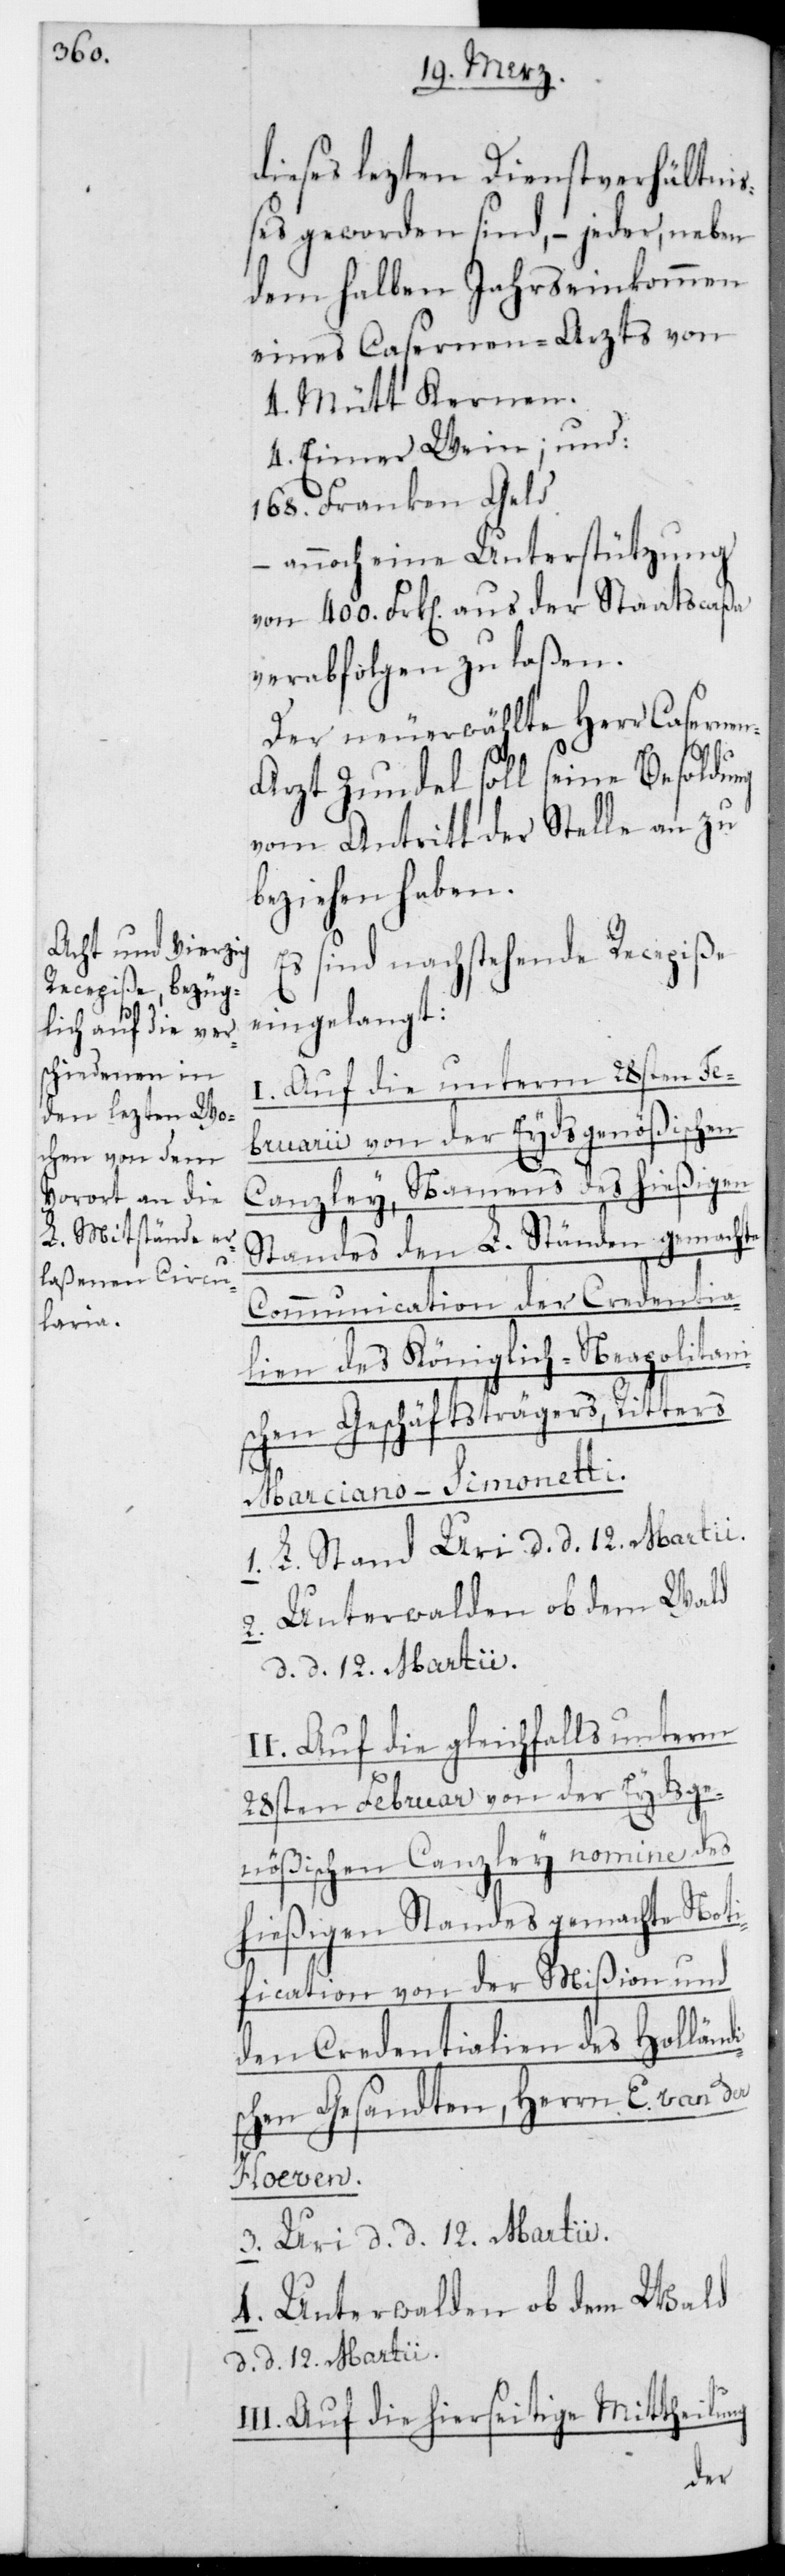
dieses lezten Dienstverhältni¬
ßes geworden sind, – jeder neben
dem halben Jahrseinkommen
eines Casernen-Arzts von
4. Mütt Kernen.
4. Eimer Wein; und
168. Franken Geld
– annoch eine Unterstützung
von 400. Frk[en] aus der Staatscaßa
verabfolgen zu laßen.
Der neu erwählte Herr Caserne¬
I¬
n-Arzt Zundel soll seine Besoldung
vom Antritt der Stelle an zu
beziehen haben.
Es sind nachstehende Recepiße
eingelangt:
I. Auf die unterm 28sten Fe¬
bruarii von der Eydsgenößischen
Canzley, namens des hießigen
Standes den L. Ständen gemachte
Communication der Credentia¬
lien des Königlich-Neapolitani¬
schen Geschäftsträgers, Ritters
Marciano-Simonetti.
1. L. Stand Uri, d. d. 12. Martii.
I. Auf die gleichfalls unterm
28sten Februar von der Eydsge¬
nößischen Canzley nomine des
hießigen Standes gemachte Noti¬
fication von der Mißion und
den Credentialien des Holländ¬
schen Gesandten, Herrn E. van der
Hoeven.
3. Uri, d. d. 12. Martii.
4. Unterwalden ob dem Wald,
d. d. 12. Martii.
II. Auf die hierseitige Mittheilung